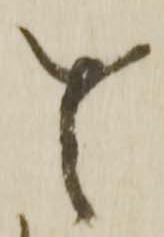
貴